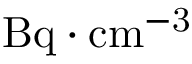
\mathrm { B q \cdot c m ^ { - 3 } }